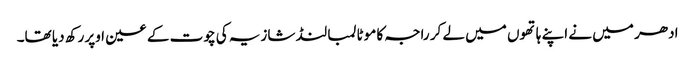
ادھر میں نے اپنے ہاتھوں میں لے کر راجہ کا موٹا لمبا لنڈ شازیہ کی چوت کے عین اوپر رکھ دیا تھا۔